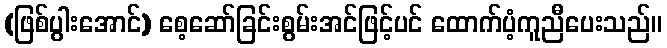
(ဖြစ်ပွါးအောင်) စေ့ဆော်ခြင်းစွမ်းအင်ဖြင့်ပင် ထောက်ပံ့ကူညီပေးသည်။